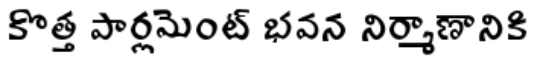
కొత్త పార్లమెంట్ భవన నిర్మాణానికి